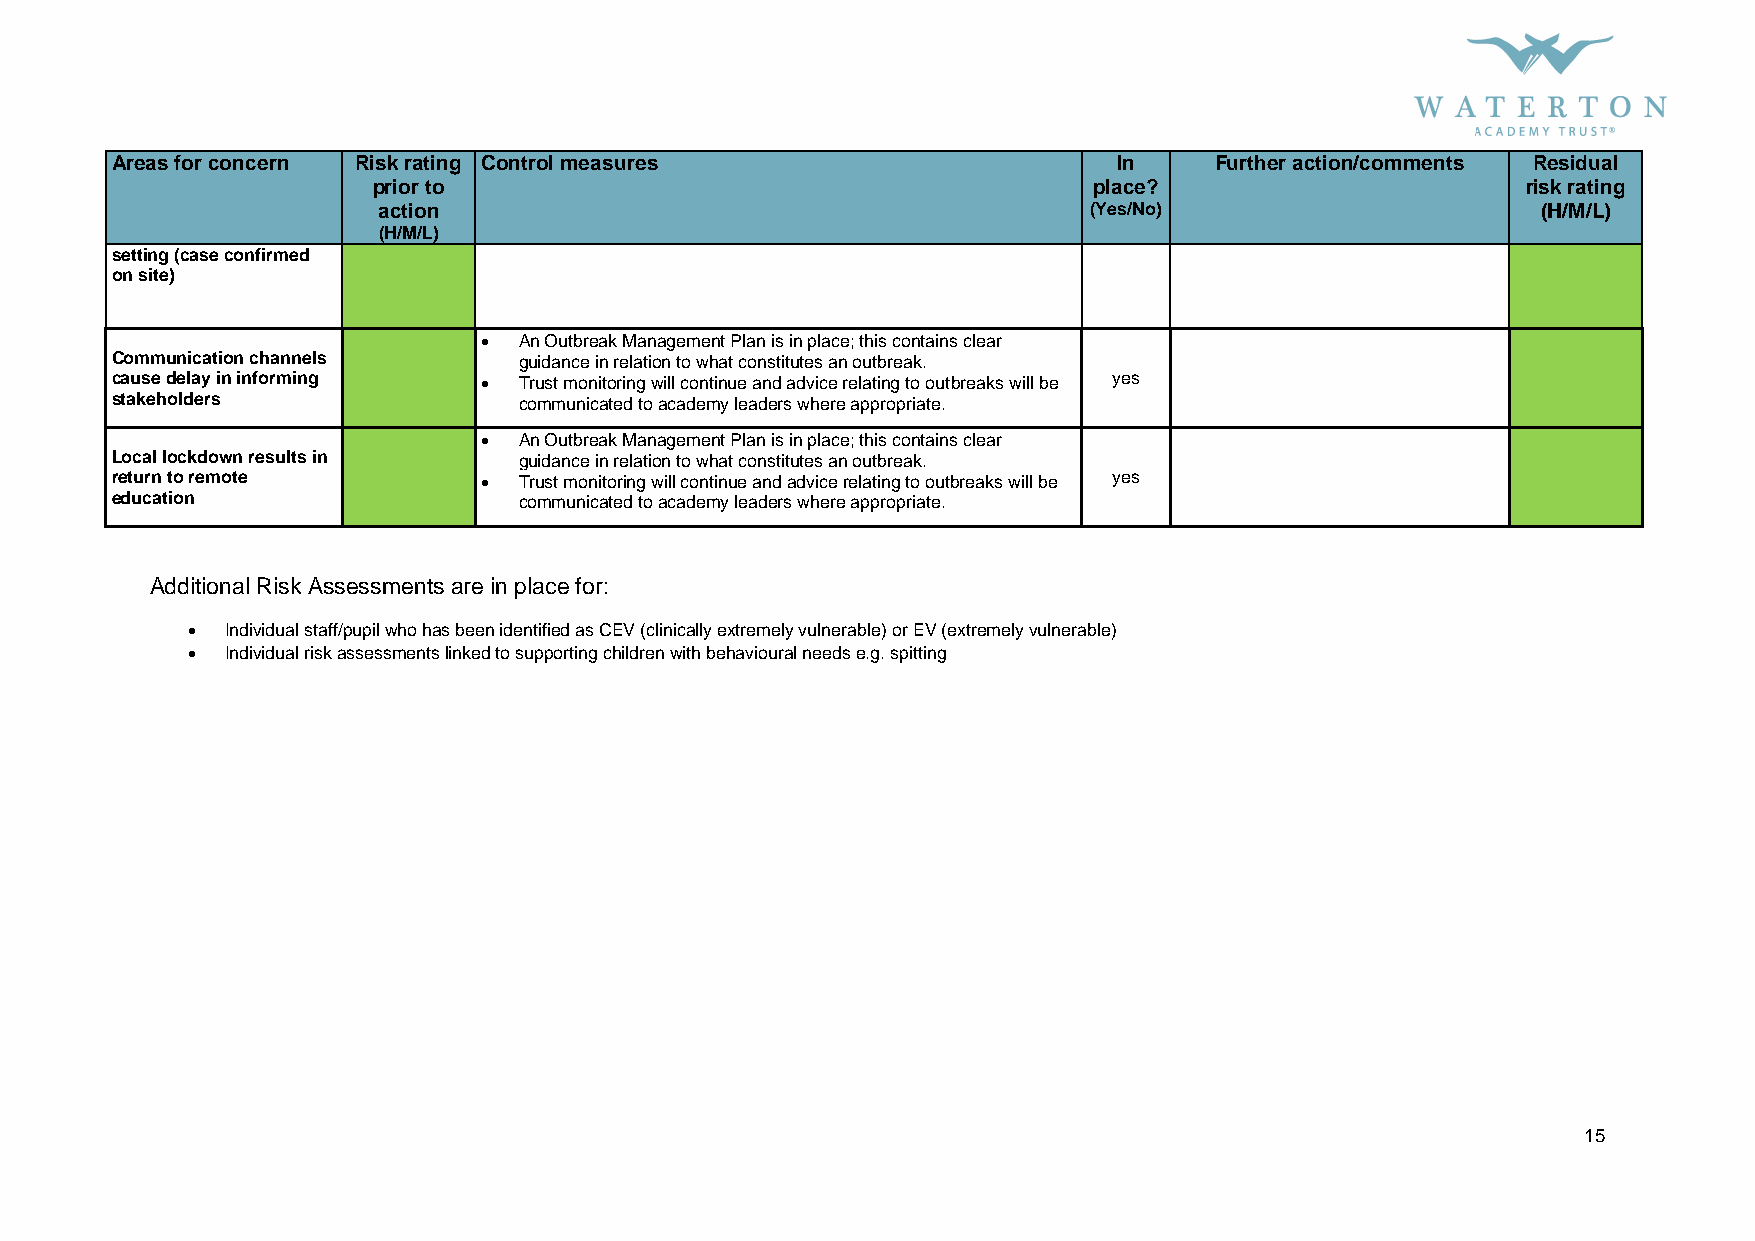
Areas for concern Risk rating Control measures                     In    Further action/comments Residual
 prior to                                       place?                       risk rating
 action                                         (Yes/No)                      (H/M/L)
 (H/M/L)
 setting (case confirmed
 on site)
  An Outbreak Management Plan is in place; this contains clear
 Communication channels     guidance in relation to what constitutes an outbreak.
 cause delay in informing  Trust monitoring will continue and advice relating to outbreaks will be yes
 stakeholders               communicated to academy leaders where appropriate.
  An Outbreak Management Plan is in place; this contains clear
 Local lockdown results in  guidance in relation to what constitutes an outbreak.
 return to remote          Trust monitoring will continue and advice relating to outbreaks will be yes
 education                  communicated to academy leaders where appropriate.
 Additional Risk Assessments are in place for:
   Individual staff/pupil who has been identified as CEV (clinically extremely vulnerable) or EV (extremely vulnerable)
   Individual risk assessments linked to supporting children with behavioural needs e.g. spitting
 15